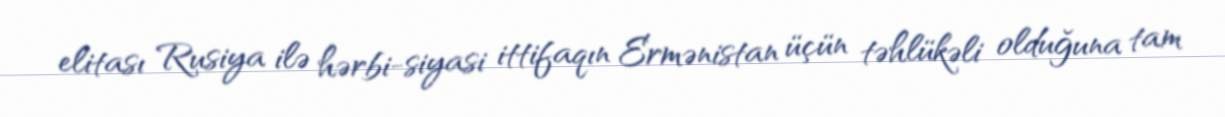
elitası Rusiya ilə hərbi-siyasi ittifaqın Ermənistan üçün təhlükəli olduğuna tam